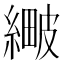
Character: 𦃯